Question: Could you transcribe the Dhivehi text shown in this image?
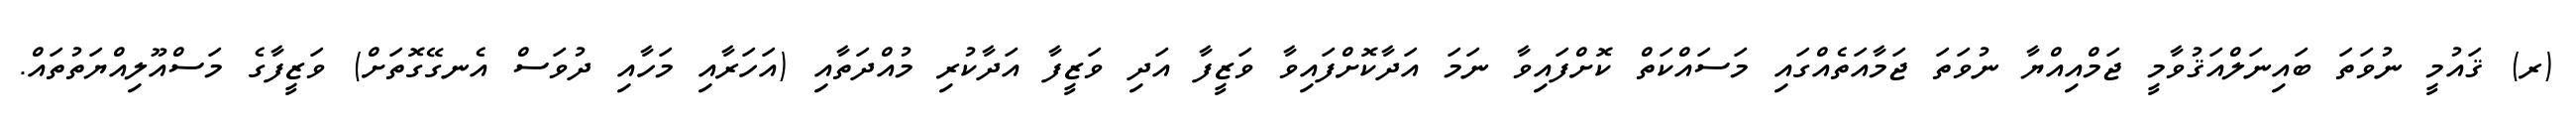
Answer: (ރ) ޤައުމީ ނުވަތަ ބައިނަލްއަޤުވާމީ ޖަމްއިއްޔާ ނުވަތަ ޖަމާއަތެއްގައި މަސައްކަތް ކޮށްފައިވާ ނަމަ އަދާކޮށްފައިވާ ވަޒީފާ އަދި ވަޒީފާ އަދާކުރި މުއްދަތާއި (އަހަރާއި މަހާއި ދުވަސް އެނގޭގޮތަށް) ވަޒީފާގެ މަސްއޫލިއްޔަތުތައް.